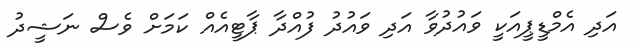
އަދި އެމްޑީޕީއަކީ ވައުދުވާ އަދި ވައުދު ފުއްދާ ޕާޓީއެއް ކަމަށް ވެސް ނަޝީދު